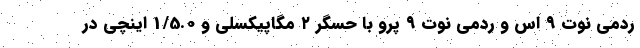
ردمی نوت ۹ اس و ردمی نوت ۹ پرو با حسگر ۲ مگاپیکسلی و 1/5.0 اینچی در